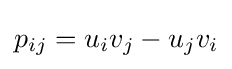
p_{ij}=u_{i}v_{j}-u_{j}v_{i}